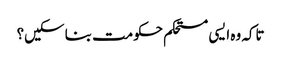
تاکہ وہ ایسی مستحکم حکومت بنا سکیں؟